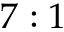
7 : 1